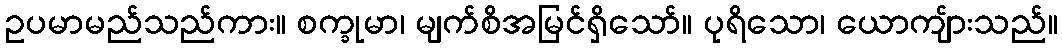
ဥပမာမည်သည်ကား။ စက္ခုမာ၊ မျက်စိအမြင်ရှိသော်။ ပုရိသော၊ ယောကျ်ားသည်။